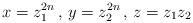
LaTeX: \begin{align*}x = z_1^{2n} \, , \, y = z_2^{2n} \, , \, z = z_1 z_2\end{align*}